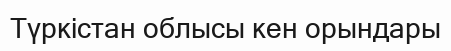
Түркістан облысы кен орындары